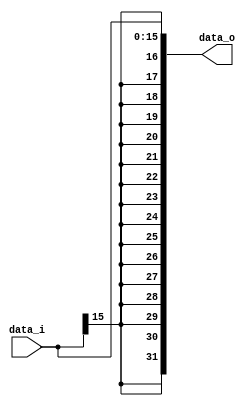
module Sign_Extend( data_i, data_o );

//I/O ports
input	[16-1:0] data_i;
output	[32-1:0] data_o;

//Internal Signals
wire	[32-1:0] data_o;

//Sign extended
assign data_o = { {16{data_i[15]}}, data_i};

endmodule